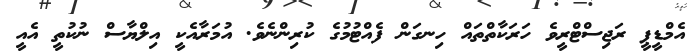
އެމްޑީޕީ ރަޖިސްޓްރީވެ ހަރަކާތްތައް ހިނގަން ފެއްޓުމުގެ ކުރިންނެވެ. އުމަރާއެކީ އިލްޔާސް ނުކުތީ އެއީ